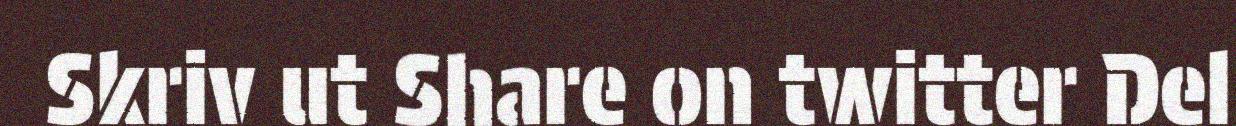
Skriv ut Share on twitter Del